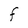
Character: F